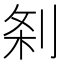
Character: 𭃯